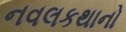
નવલકથાનો